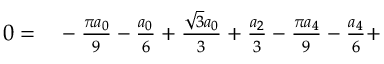
\begin{array} { r l } { 0 = } & { { } - \frac { \pi a _ { 0 } } { 9 } - \frac { a _ { 0 } } { 6 } + \frac { \sqrt { 3 } a _ { 0 } } { 3 } + \frac { a _ { 2 } } { 3 } - \frac { \pi a _ { 4 } } { 9 } - \frac { a _ { 4 } } { 6 } + } \end{array}